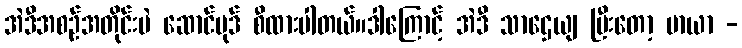
အဲဒီအစဉ်အတိုင်းပဲ ဆောင်ပုဒ် စီထားပါတယ်။ဒါကြောင့် အဲဒီ သာဌေယျ ပြီးတော့ မာယာ -